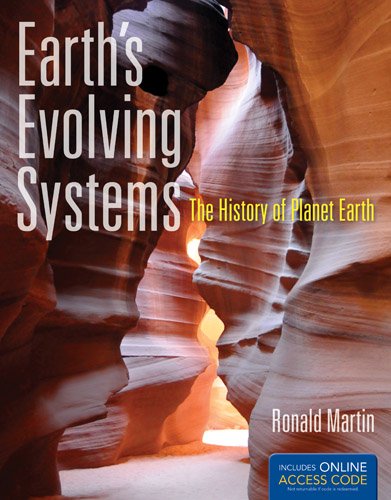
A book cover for Earth's Evolving Systems: The History Of Planet Earth; Ronald E. Martin; Science & Math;